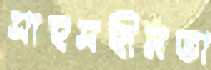
সাহসহীনতা